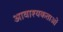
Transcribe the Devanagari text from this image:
आवाश्‍यकताओं